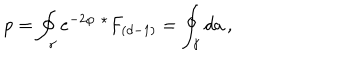
p = \oint _ { \gamma } e ^ { - 2 \varphi } \ { } ^ { \star } F _ { ( d - 1 ) } = \oint _ { \gamma } d a \, ,